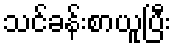
သင်ခန်းစာယူပြီး